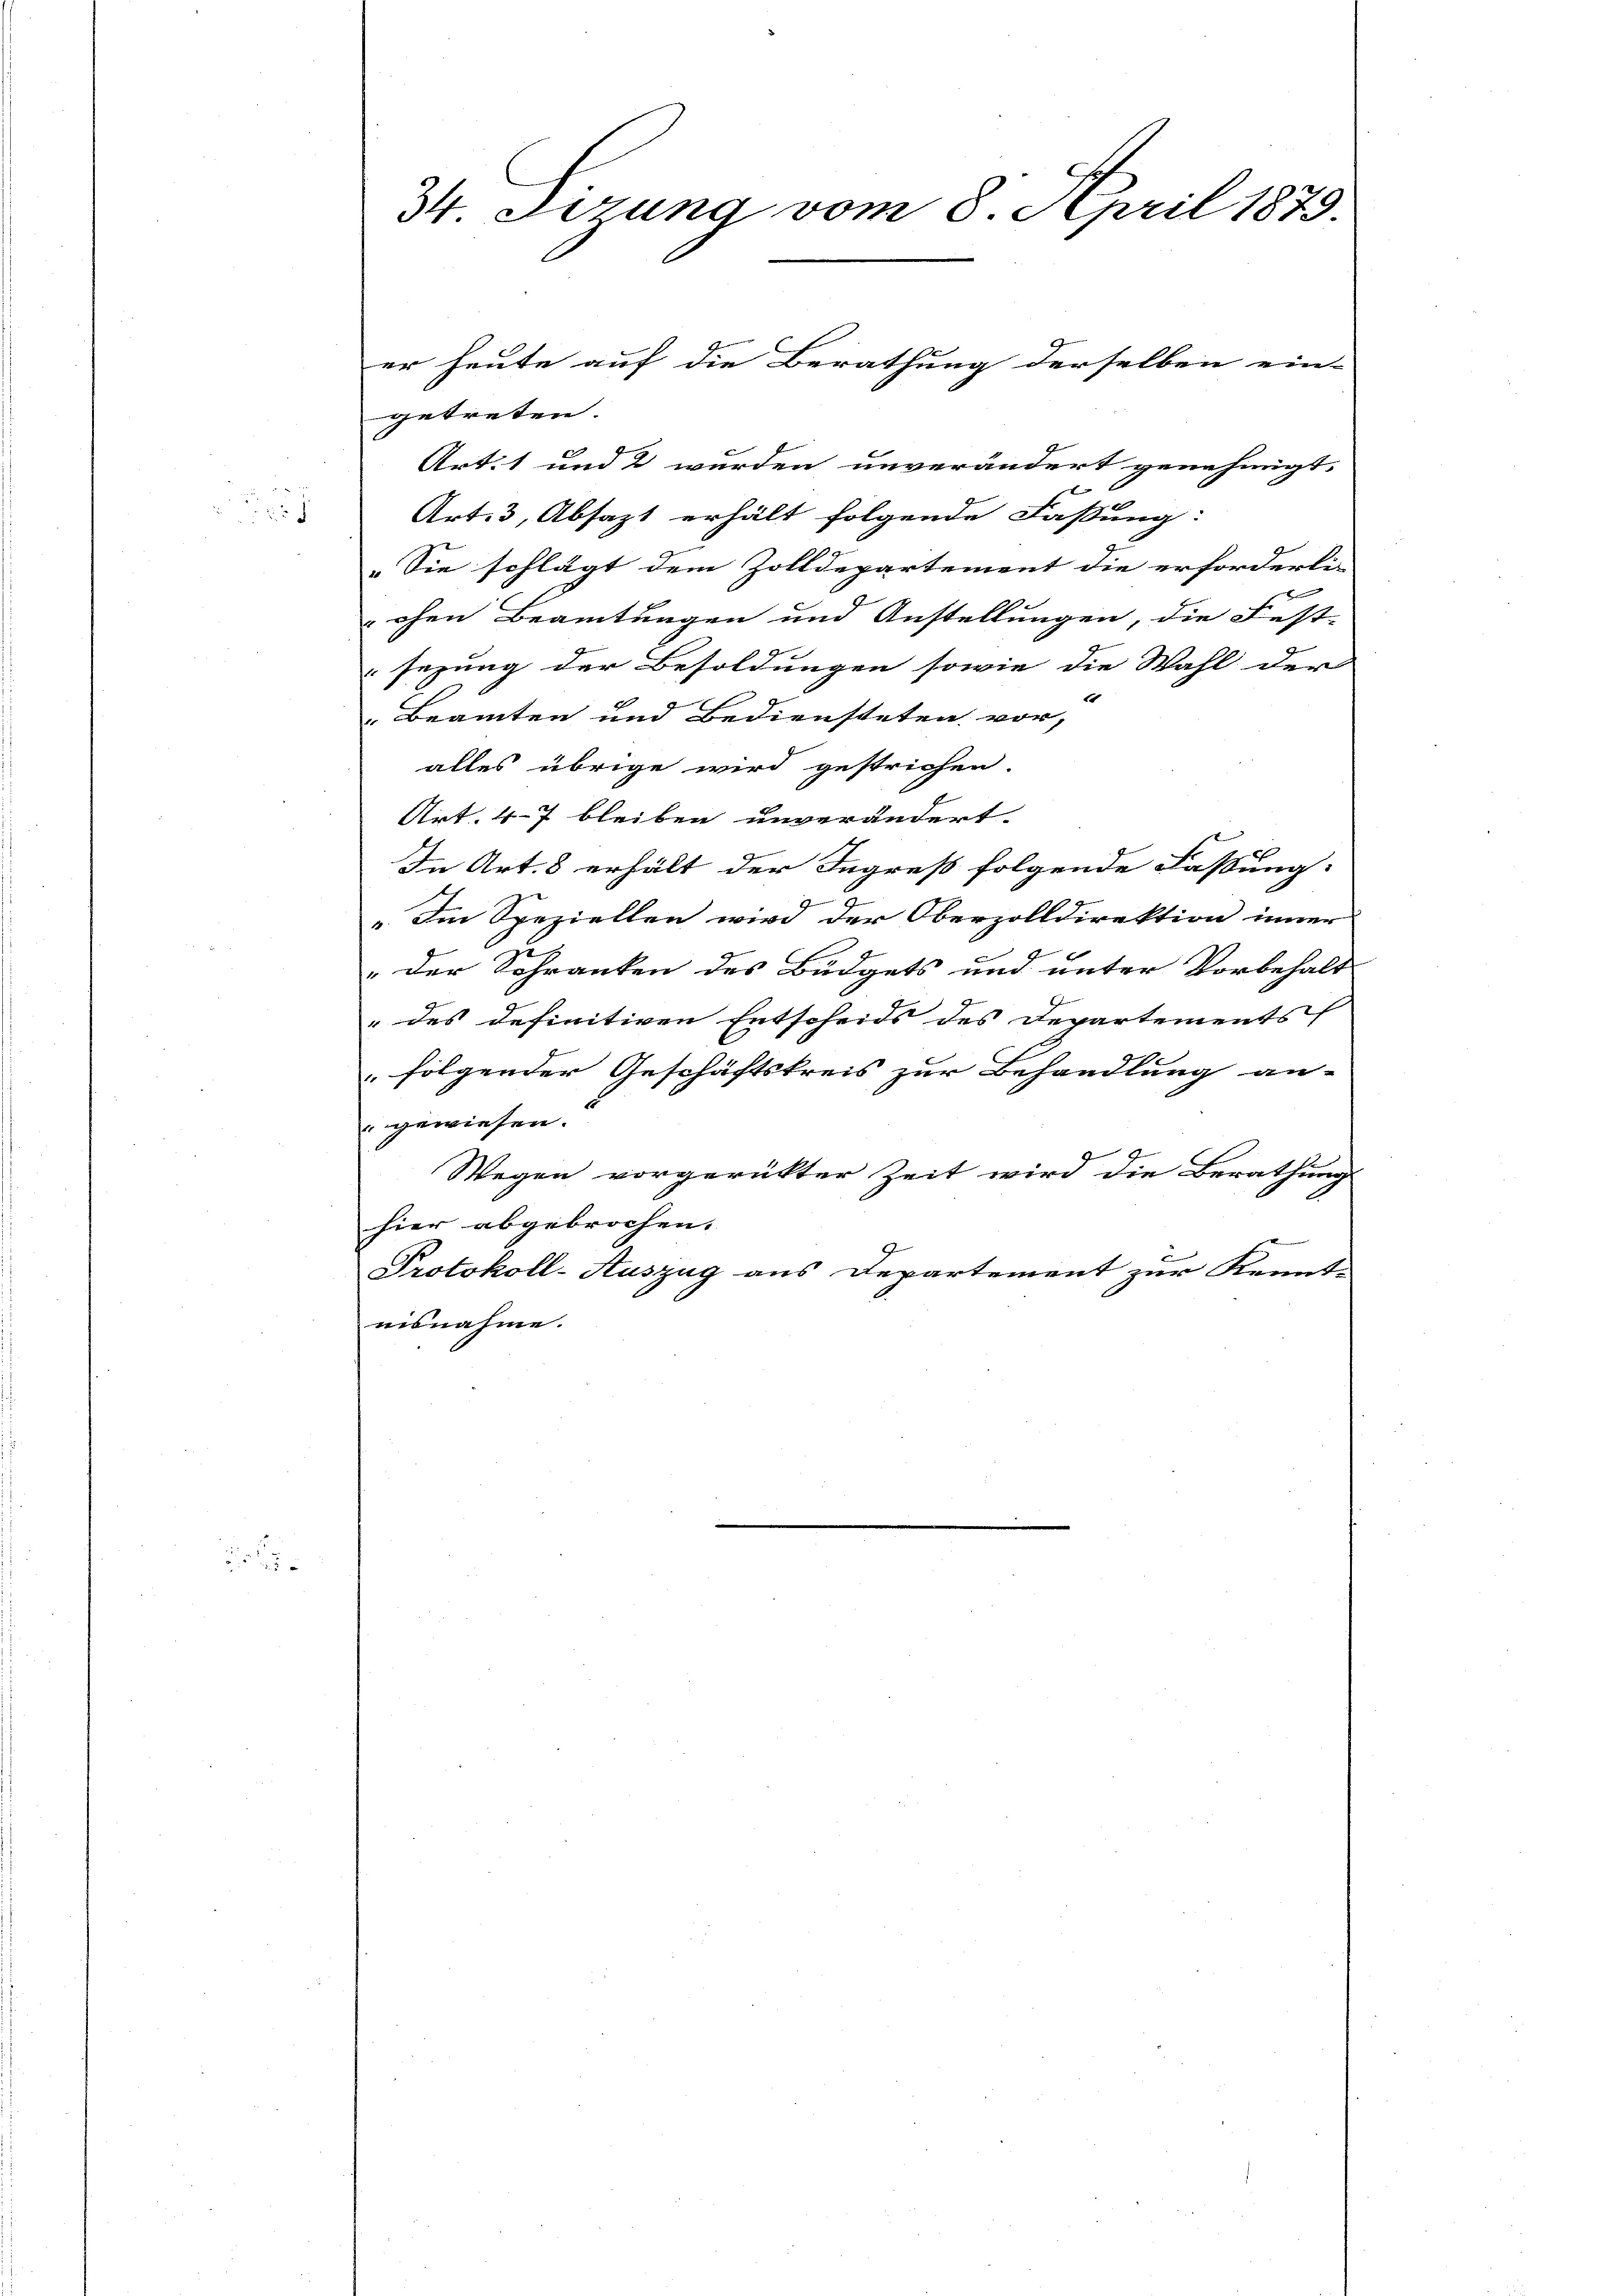
34. Ferung vom 8. April 1879.

getreten. |
Art. 1 und 2 werden unverändert genehmigt.
x
Art. 3, Absazt erhält folgende Fassung:
„Sie schlägt dem Zolldepartement die erforderli
chen Beamtungen und Anstellungen, die Fest-
sezung der Besoldungen sowie die Wahl der
 Beamten und Bediensteten vor
alles übrige wird gestrichen.
Art. 47 bleiben unverändert.
In Art. 8 erhält der Ingreß folgende Fassung:
. Im Speziellen wird der Oberzolldirektion inner
" der Schranken des Büdgets und unter Vorbehalt
" des definitiven Entscheids des Departements
 folgender Geschäftskreis zur Behandlung an-
gewiesen.
Wegen vorgerückter Zeit wird die Berathung
hier abgebrochen. |
Protokoll-Auszug aus Departement zur Kennte
nisnahme.

er heute auf die Berathung derselben ein-